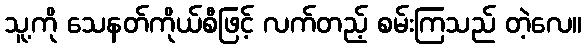
သူ့ကို သေနတ်ကိုယ်စီဖြင့် လက်တည့် စမ်းကြသည် တဲ့လေ။